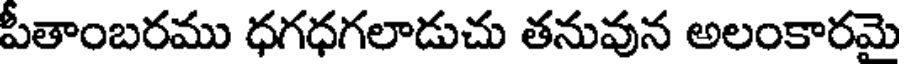
పీతాంబరము ధగధగలాడుచు తనువున అలంకారమై